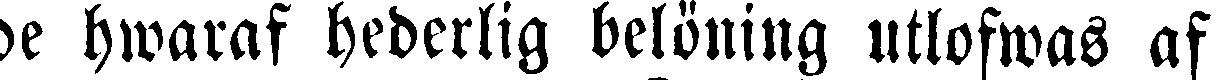
de hwaraf hederlig belöning utlofwas af